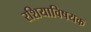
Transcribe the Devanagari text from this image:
रशियाविषयक